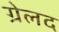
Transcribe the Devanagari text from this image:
ग्रेलद